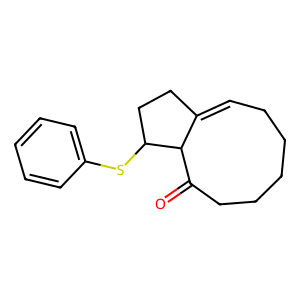
SMILES: O=C1CCCCCC=C2CCC(Sc3ccccc3)C12
Inhibits HIV replication: No